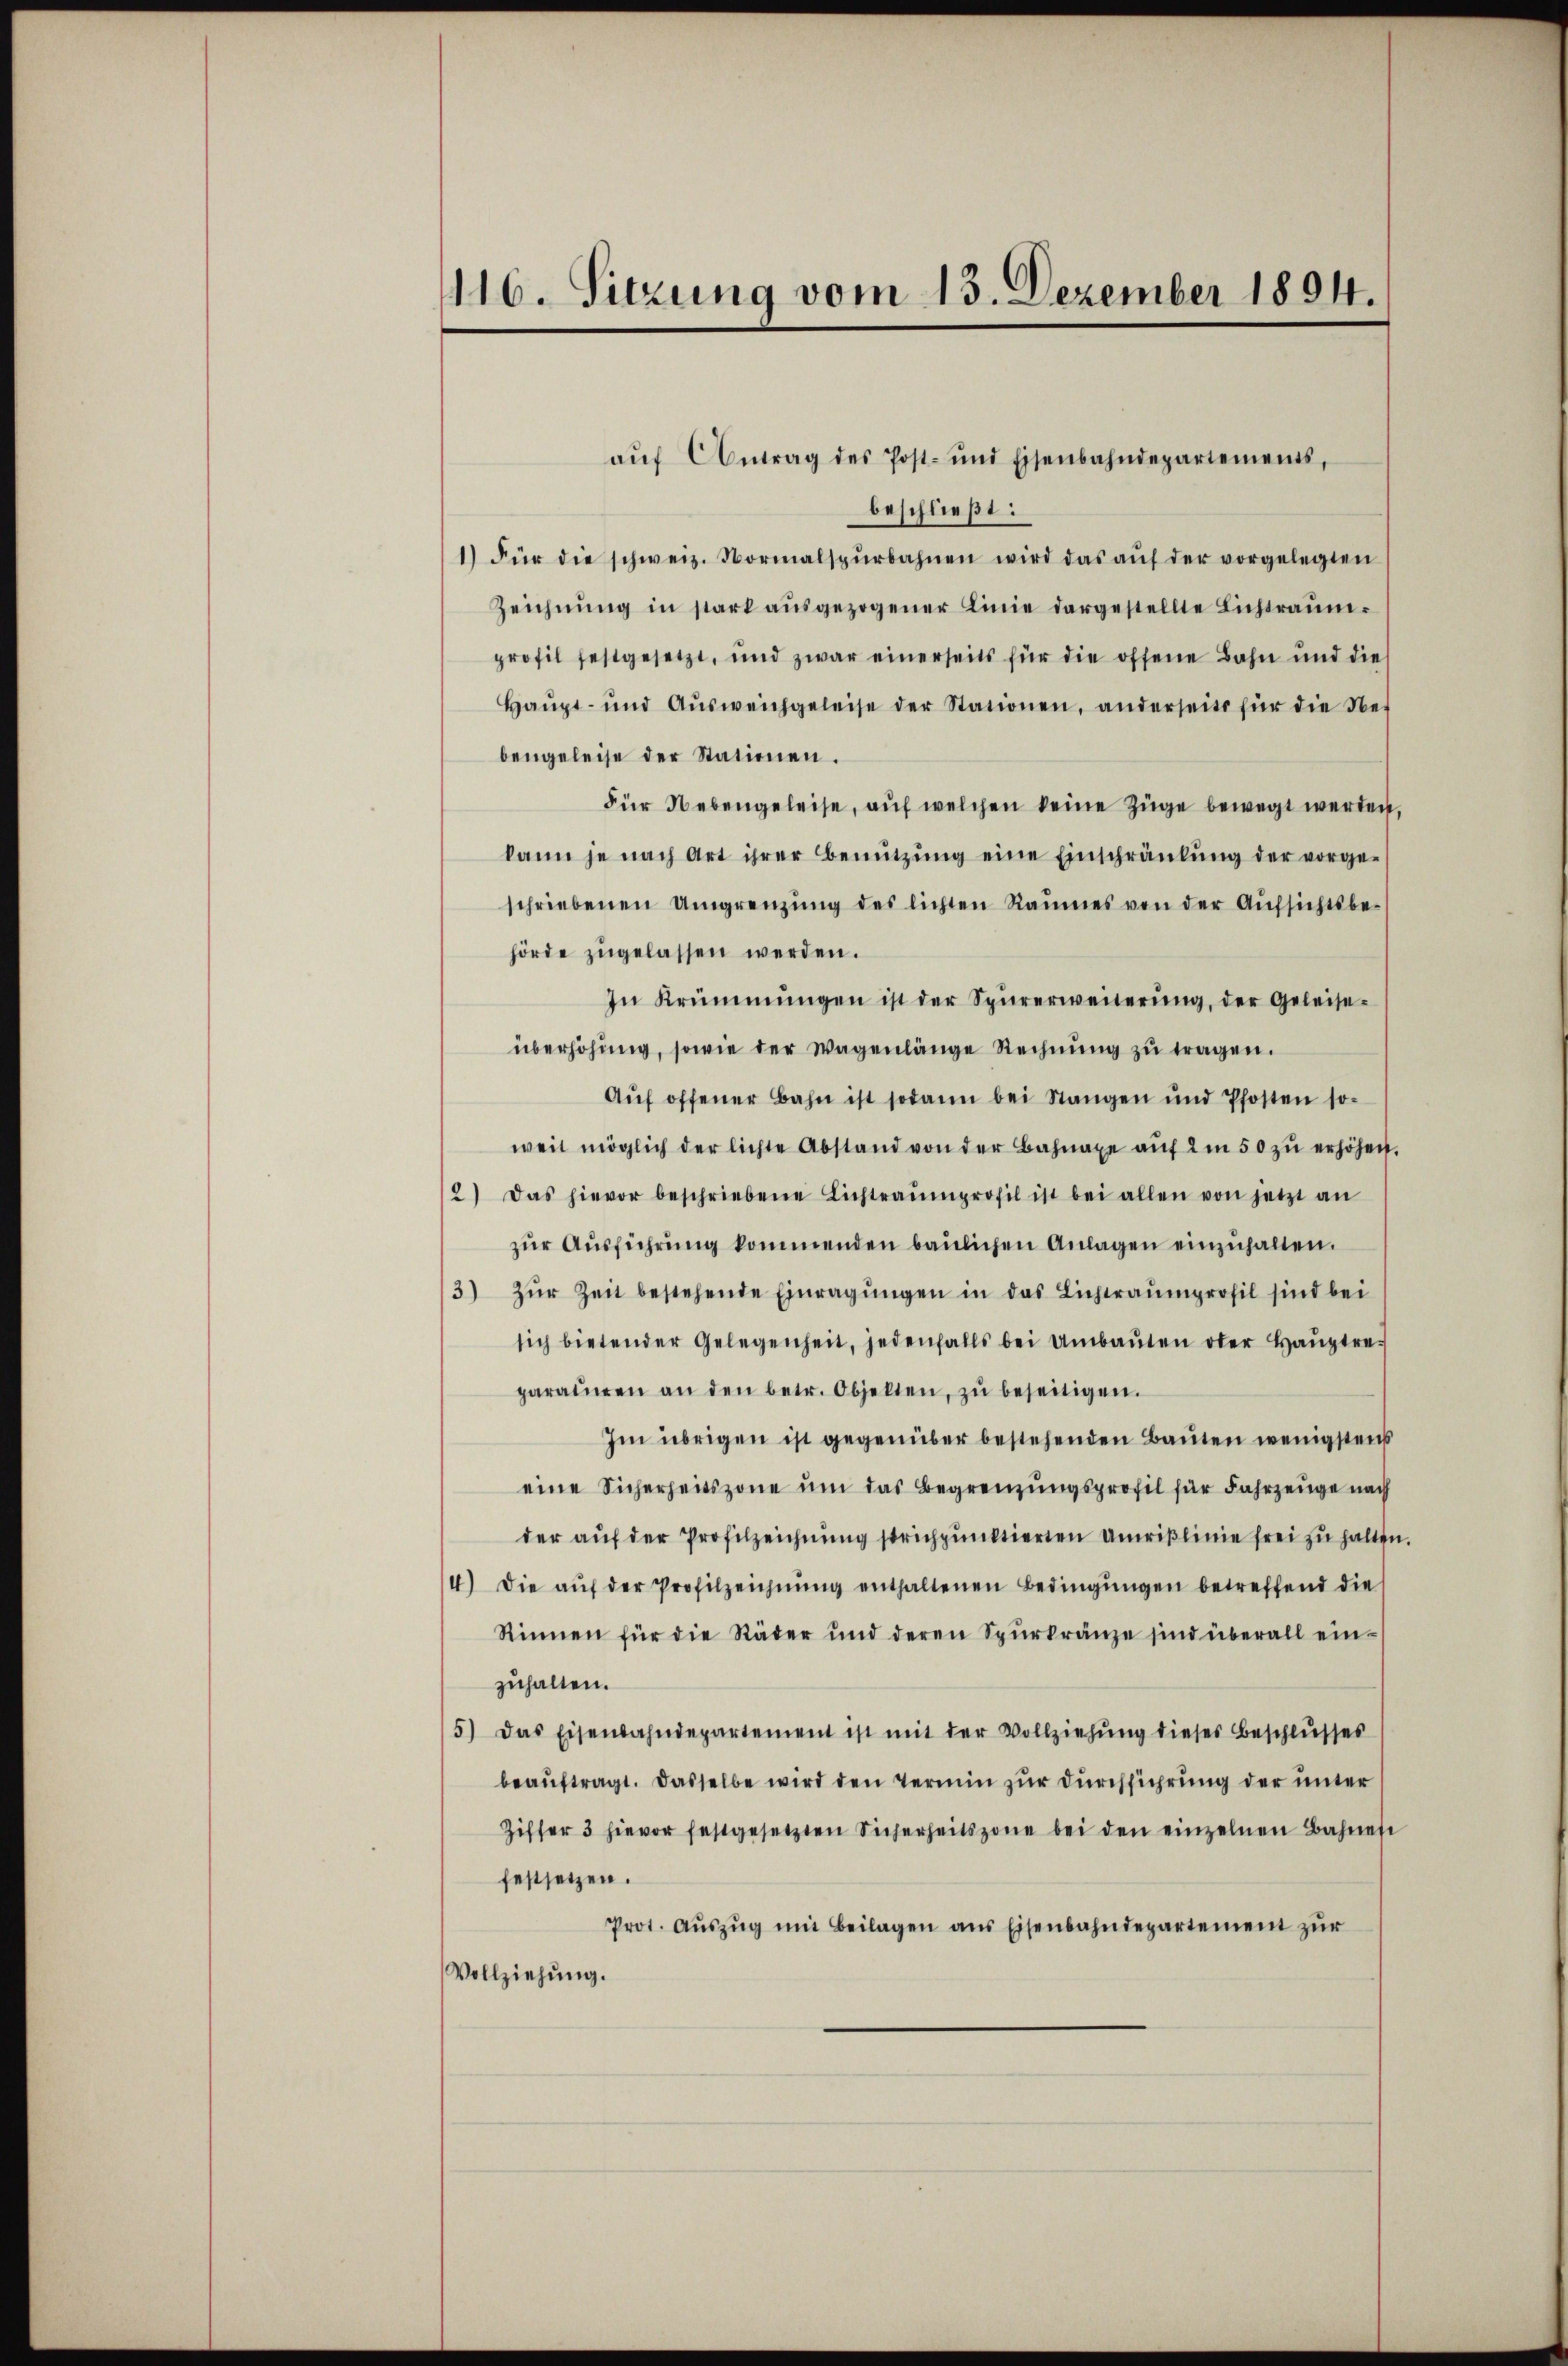
116. Sitzung vom 13. Dezember 1894.

beschließt:
1) Für die schweiz. Normalspŭrbahnen wird das aŭf der vorgelegten
Zeichnung in stark ausgezogener Linie dargestellte Lichtraumprofil festgesetzt, und zwar einerseits für die offene Bahn und dies
Haŭpt- und Aŭsweichgeleise der Stationen, anderseits für die Ne
bengeleise der Stationen.
Für Nebengeleise, aŭf welchen keine Züge bewegt werden,
kann je nach Art ihrer Benützŭng eine Einschränkung der vorge-
schriebenen Umgrenzung des lichten Raumes von der Aŭfsichtsbe-
hörde zŭgelassen werden.
In Krümmungen ist der Spürerweiterŭng, der Geleiseüberhöhung, sowie der Wagenlänge Rechnung zu tragen.
Aŭf offener Bahn ist sodann bei Stangen und Pfosten so-
weit möglich der lichte Abstand von der Bahnaxe aŭf 2 in 50 zŭ erhöhen.
2) Das hievor beschriebene Lichtraŭmprofil ist bei allen von jetzt an
zŭr Aŭsführŭng kommenden baŭlichen Anlagen einzŭhalten.
3) zŭr Zeit bestehende Einragŭngen in das Lichtraumprofil sind bei
sich bietender Gelegenheit, jedenfalls bei Umbaŭten oder Hauptreparaturen an den betr. Objekten, zŭ beseitigen.
Im übrigen ist gegenüber bestehenden Bauten wenigstens
eine Sicherheitszone um das Begrenzungsprofil für Fahrzeuge nach
der auf der Profilzeichnung strichpunktierten Umrislinie frei zu halten.
4) Die aŭf der Profilzeichnŭng enthaltenen Bedingŭngen betreffend dies
Rinnen für die Räder und deren Spŭrkränze sind überall ein-
zuhalten.
5) Das Eisenbahndepartement ist mit der Vollziehŭng dieses Beschlŭsses
beaŭftragt. Dasselbe wird den Termin zur Durchführung der unter
Ziffer 3 hievor festgesetzten Sicherheitszone bei den einzelnen Bahnes
festsetzen.
Prot. Aŭszŭg im Beilagen ans Eisenbahndepartement zŭr
Vollziehung.

aŭf Antrag des Post- und Eisenbahndepartements,